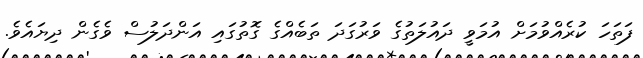
ފަތަހަ ކުރެއްވުމަށް އުމަވީ ދައުލަތުގެ ވަރުގަދަ ތަބެއްގެ ގޮތުގައި އަންދަލުސް ވެގެން ދިޔައެވެ.